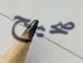
صحيح